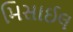
મિસાઈલ